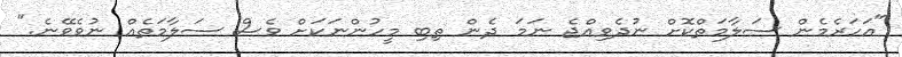
"އަހަރެމެން ސަލާމަތްކޮށް ނުދެވިއްޖެ ނަމަ ދެން ތިބި މީހުންނަކަށް ވެސް ސަލާމަތެއް ނުވެވޭނެ."